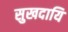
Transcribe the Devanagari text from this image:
सुखदायि